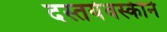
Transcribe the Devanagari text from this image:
दस्तयेवस्कीने